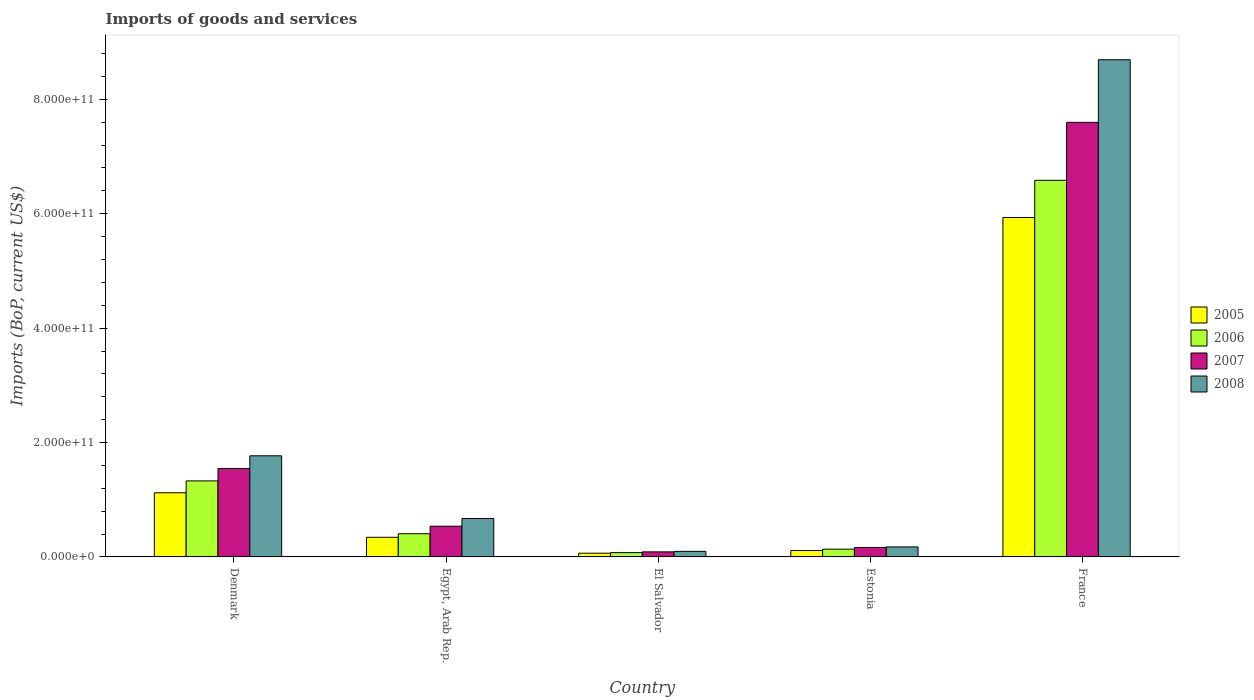
| Country | 2005 | 2006 | 2007 | 2008 |
 | --- | --- | --- | --- | --- |
 | Denmark | 1.12e+11 | 1.33e+11 | 1.55e+11 | 1.77e+11 |
 | Egypt, Arab Rep. | 3.43e+10 | 4.06e+10 | 5.37e+10 | 6.72e+10 |
 | El Salvador | 6.51e+09 | 7.57e+09 | 8.86e+09 | 9.7e+09 |
 | Estonia | 1.12e+10 | 1.36e+10 | 1.66e+10 | 1.75e+10 |
 | France | 5.93e+11 | 6.58e+11 | 7.6e+11 | 8.69e+11 |